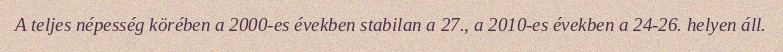
A teljes népesség körében a 2000-es években stabilan a 27., a 2010-es években a 24-26. helyen áll.